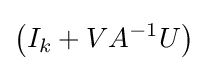
\left(I_{k}+VA^{-1}U\right)